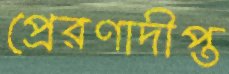
প্রেরণাদীপ্ত